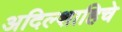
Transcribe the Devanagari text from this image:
अदिल्शाहिचे